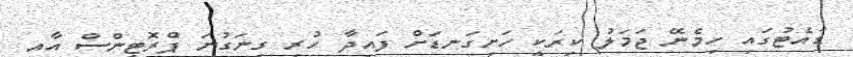
ޑައެޓުގައި ހިމެނޭ ޖަމަލު ކިރަކީ ހަށިގަނޑަށް ފައިދާ ހުރި ގިނަގުނަ ޕްރޮޓީންސް އާއި